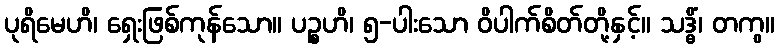
ပုရိမေဟိ၊ ရှေးဖြစ်ကုန်သော။ ပဉ္စဟိ၊ ၅-ပါးသော ဝိပါက်စိတ်တို့နှင့်။ သဒ္ဓိံ၊ တကွ။